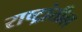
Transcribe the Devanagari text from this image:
राष्ट्रांतील